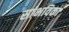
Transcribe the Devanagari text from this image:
सांभविका